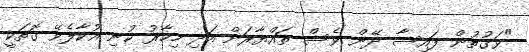
"ވަގުތުން ފައިސާ ދޭން ވެސް ތައްޔާރަށް އަދި މިހާރު ކުނި އުކާލެވޭ ގޮތަކީ